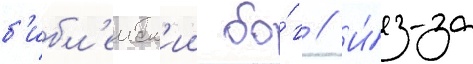
б'ибл'еиск'ии бо́г // И́з-за